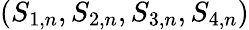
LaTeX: (S_{1,n},S_{2,n},S_{3,n},S_{4,n})